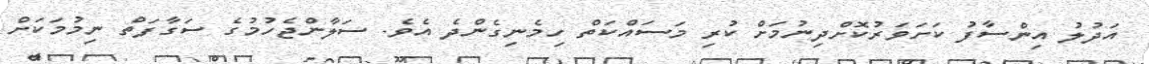
އަދުލު އިންސާފު ކަށަވަރުކޮށްދިނުމަށް ކުރި މަސައްކަތް ހިމެނިގެންދެ އެވެ. ސަލާންޖެހުމުގެ ސަގާާފަތް ނިމުމަކަށް